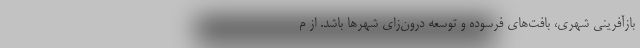
بازآفرینی شهری، بافت‌های فرسوده و توسعه درون‌زای شهرها باشد. از م